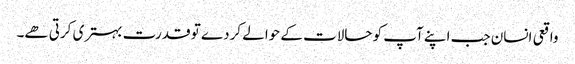
واقعی انسان جب اپنے آپ کو حالات کے حوالے کردے تو قدرت بہتری کرتی ھے۔